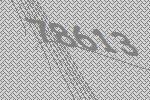
78613